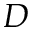
D